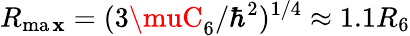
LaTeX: R_{\operatorname*{ma\mathbf{x}}}=(3\muC_{6}/\hbar^{2})^{1/4}\approx1.1R_{6}